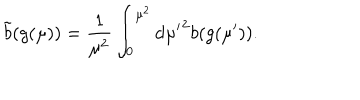
\tilde { b } ( g ( \mu ) ) = \frac { 1 } { \mu ^ { 2 } } \int _ { 0 } ^ { \mu ^ { 2 } } \mathrm { d } { \mu ^ { \prime } } ^ { 2 } b ( g ( \mu ^ { \prime } ) ) .